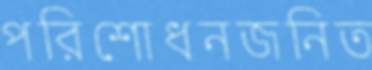
পরিশোধনজনিত